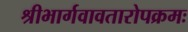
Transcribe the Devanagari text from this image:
श्रीभार्गवावतारोपक्रमः